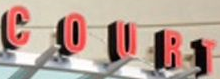
COURT